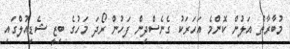
މުބާރާތް އަލުން ކޮންމެ އަހަރަކު ގެނެސްދިން ފަހުން ރޯދަ މަހުގެ ބިޒީ ޝެޑިއުލްގައި